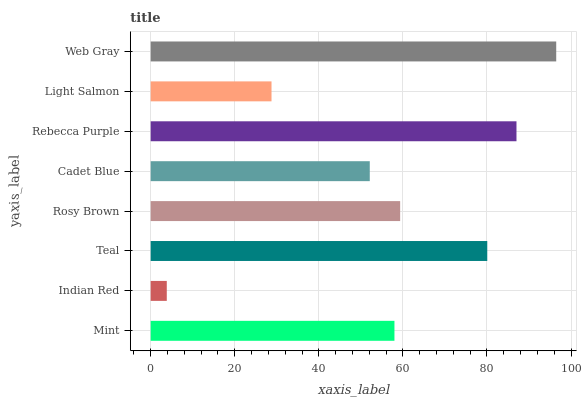
| yaxis_label | bars |
 | --- | --- |
 | Mint | 58 |
 | Indian Red | 3.83 |
 | Teal | 80.1 |
 | Rosy Brown | 59.3 |
 | Cadet Blue | 52.1 |
 | Rebecca Purple | 87 |
 | Light Salmon | 28.7 |
 | Web Gray | 96.5 |